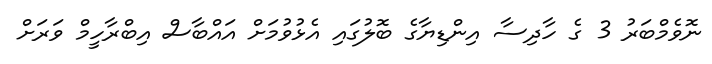
ނޮވެމްބަރު 3 ގެ ހާދިސާ އިންޑިޔާގެ ބޮލުގައި އެޅުވުމަށް އައްބާސް އިބްރާހީމް ވަރަށް